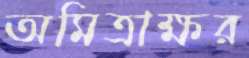
অমিত্রাক্ষর